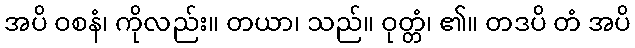
အပိ ဝစနံ၊ ကိုလည်း။ တယာ၊ သည်။ ဝုတ္တံ၊ ၏။ တဒပိ တံ အပိ